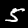
Digit: 5